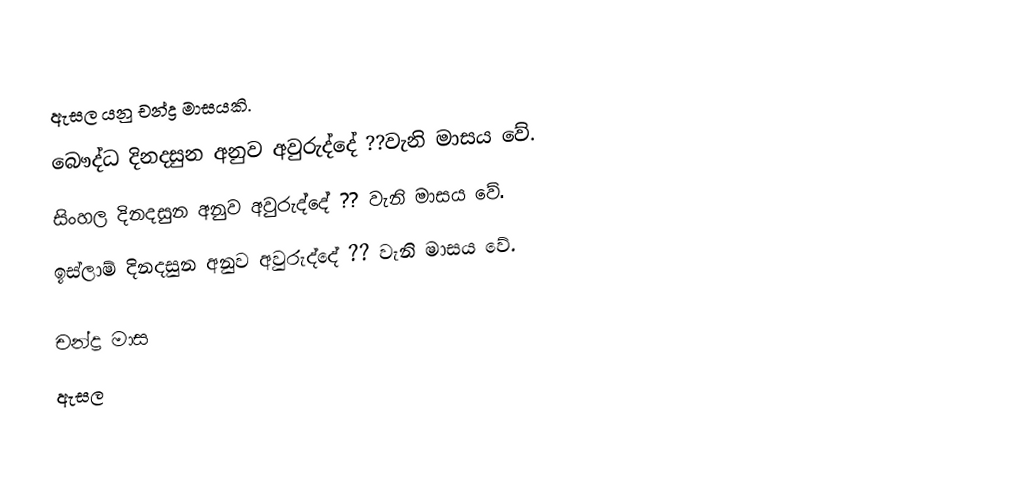
ඇසල යනු චන්ද්‍ර මාසයකි.
 බෞද්ධ දිනදසුන අනුව අවුරුද්දේ ??වැනි මාසය වේ.
 සිංහල දිනදසුන අනුව අවුරුද්දේ ?? වැනි මාසය වේ.
 ඉස්ලාම් දිනදසුන අනුව අවුරුද්දේ ?? වැනි මාසය වේ.

චන්ද්‍ර මාස
ඇසල